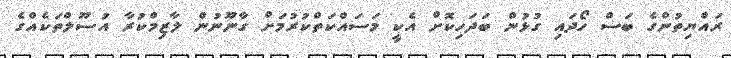
ރައްޔިތުންގެ ބަސް ހޯދައި ގުޅުން ބަދަހިކޮށް އެކީ މަސައްކަތްކުރުމަށް ގާނޫނުން ލާޒިމްކުރާ އުސޫލްތަކެއްގެ